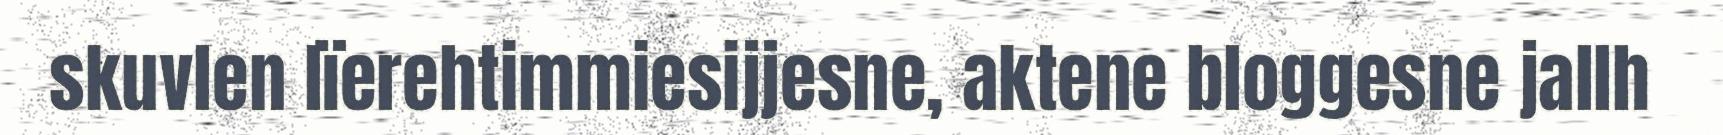
skuvlen lïerehtimmiesijjesne, aktene bloggesne jallh